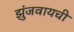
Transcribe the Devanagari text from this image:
झुंजवायची